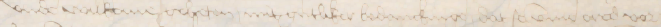
vnde wilkome geheten mitgutliker bedanckinge, dat se vmme ered vor¬